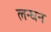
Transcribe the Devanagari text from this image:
लन्धन